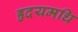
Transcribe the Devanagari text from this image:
हृदयमधि